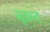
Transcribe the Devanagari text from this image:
मुखरना